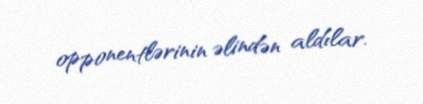
opponentlərinin əlindən aldılar.